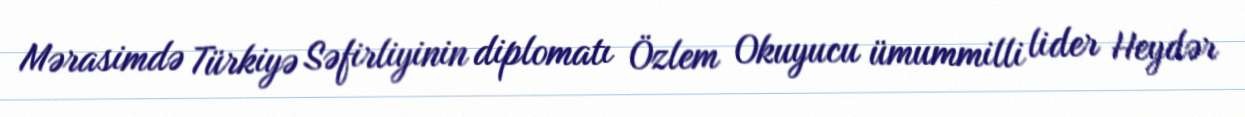
Mərasimdə Türkiyə Səfirliyinin diplomatı Özlem Okuyucu ümummilli lider Heydər